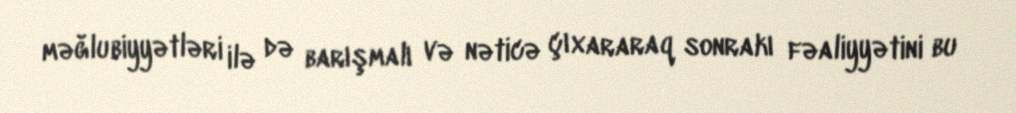
məğlubiyyətləri ilə də barışmalı və nəticə çıxararaq sonrakı fəaliyyətini bu